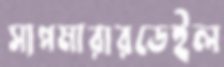
সাপমারারডেইল